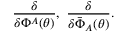
\frac { \delta } { \delta \Phi ^ { A } ( \theta ) } , \, \, \frac { \delta } { \delta \bar { \Phi } _ { A } ( \theta ) } .